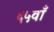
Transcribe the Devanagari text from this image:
६५वाँ